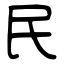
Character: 民